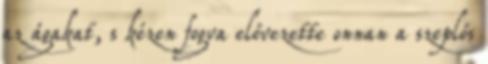
az ágakat, s kézen fogva elővezette onnan a szeplős